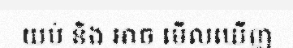
យប់ និង អាច មើលឃើញ